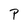
Character: P